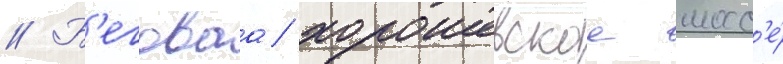
// Б'еговаа/ хорошевское шосс'е́